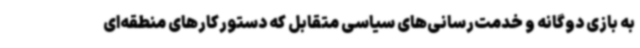
به بازی دوگانه و خدمت‌رسانی‌های سیاسی متقابل که دستورکارهای منطقه‌ای